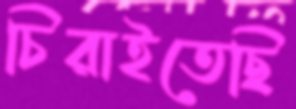
চিরাইতেছি